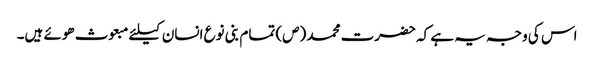
اس کی وجہ یہ ہے کہ حضرت محمد (ص) تمام بنی نوع انسان کیلئے مبعوث ھوئے ہیں۔